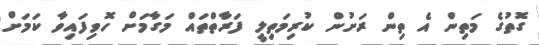
ގޮތުގެ މަތިން އެ ތިން ރަށުން ކުރިމަތިލީ ފަރާތްތައް މަގާމަށް ހޮވިފައިވާ ކަމަށް